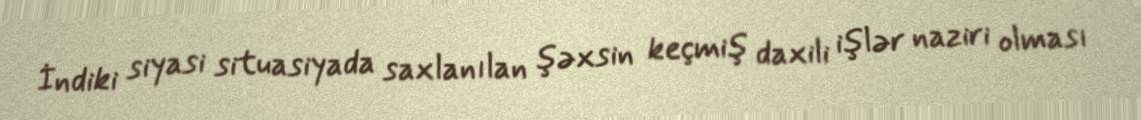
İndiki siyasi situasiyada saxlanılan şəxsin keçmiş daxili işlər naziri olması